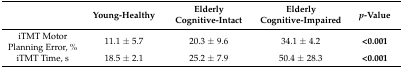
|  | Young-Healthy | Elderly Cognitive-Intact | Elderly Cognitive-Impaired | p-Value |
 | --- | --- | --- | --- | --- |
 | iTMT Motor Planning Error, % | 11.1 ± 5.7 | 20.3 ± 9.6 | 34.1 ± 4.2 | <0.001 |
 | iTMT Time, s | 18.5 ± 2.1 | 25.2 ± 7.9 | 50.4 ± 28.3 | <0.001 |